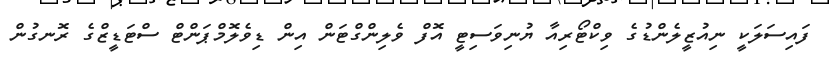
ފައިސަލަކީ ނިއުޒީލެންޑުގެ ވިކްޓޯރިއާ ޔުނިވަސިޓީ އޮފް ވެލިންގްޓަން އިން ޑިވެލޮމްޕަންޓް ސްޓަޑީޒްގެ ރޮނގުން